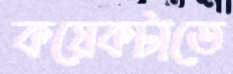
কয়েকটাতে